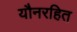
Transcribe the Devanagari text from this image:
यौनरहित